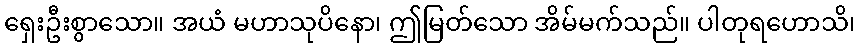
ရှေးဦးစွာသော။ အယံ မဟာသုပိနော၊ ဤမြတ်သော အိမ်မက်သည်။ ပါတုရဟောသိ၊